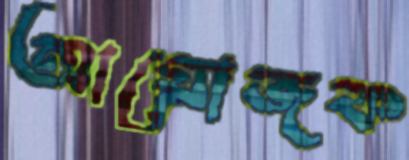
আয়োজক